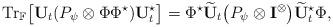
LaTeX: \begin{align*}\textrm{Tr}_{\mathbb{F}} \big[\mathbf{U}_t(P_\psi\otimes\Phi\Phi^\star)\mathbf{U}_t^\star\big]=\Phi^\star\widetilde{\mathbf{U}}_t \big(P_\psi\otimes{\mathbf{I}}^\otimes\big)\widetilde{\mathbf{U}}_t^\star\Phi,\end{align*}